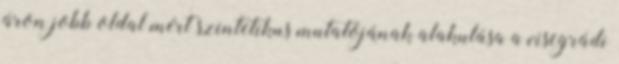
áron jobb oldal mért szintetikus mutatójának alakulása a visegrádi